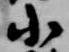
小